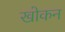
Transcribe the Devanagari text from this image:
खोकन